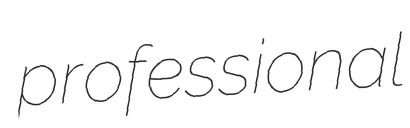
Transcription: professional